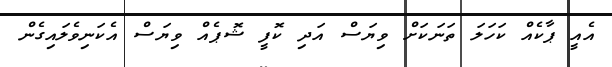
އެއީ ޕާކެއް ކަހަލަ ތަނަކަށް ވިޔަސް އަދި ކޮފީ ޝޮޕެއް ވިޔަސް އެކަނިވެލައިގެން